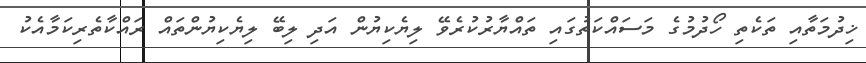
ޚިދުމަތާއި ތަކެތި ހޯދުމުގެ މަސައްކަތުގައި ތައްޔާރުކުރެވޭ ލިޔެކިޔުން އަދި ލިބޭ ލިޔެކިޔުންތައް ރައްކާތެރިކަމާއެކު